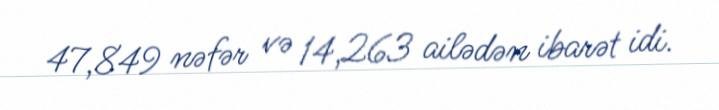
47,849 nəfər və 14,263 ailədən ibarət idi.